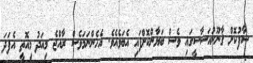
ސާފުކޮށް ޤާނޫނުއަސާސީގައި ވެސް ބަޔާންކޮށްފައި އެބަވެއެވެ. އެހެންނަމަވެސް ރާއްޖެ މިއަދު މިއޮތީ އެފަދަ